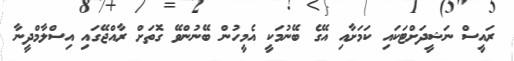
ރައީސް ނަޝީދަށްޓަކައި ކަމަށާއި އޭގެ ބޭނުމަކީ އެމީހުން ބޭނުންވޭ ގޮތަށް ރާއްޖޭގައި އިސްލާމްދީނާ